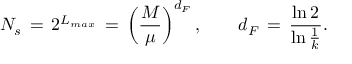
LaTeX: N _ { s } \, = \, 2 ^ { L _ { m a x } } \, = \, \left( \frac { M } { \mu } \right) ^ { d _ { F } } , \qquad d _ { F } \, = \, \frac { \ln 2 } { \ln \frac { 1 } { k } } .